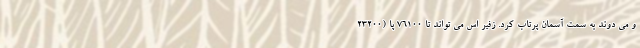
و می دوند به سمت آسمان پرتاب کرد. زفیر اس می تواند تا 76100 پا (23200